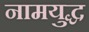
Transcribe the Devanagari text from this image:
नामयुद्ध